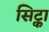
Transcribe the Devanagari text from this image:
सिट्का